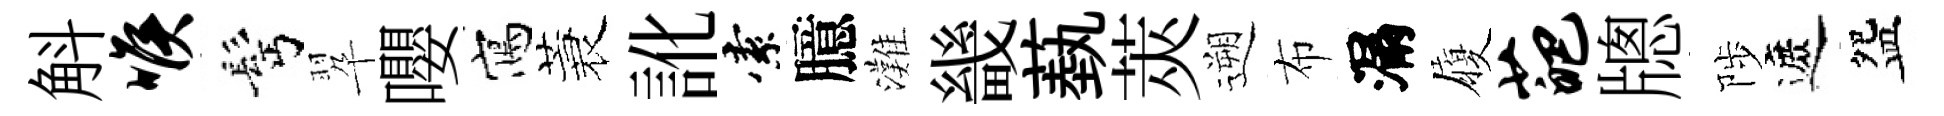
斛喉髩翆嚶寫蓑訛索臆灘畿蓺莢遡布漏履葩牕陟遮盌